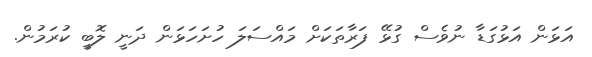
އަޅަން އަޅުގަޑާ ނުވެސް ގުޅޭ ފަރާތަކަށް މައްސަލަ ހުށަހަޅަން ދަނީ ލޮބީ ކުރަމުން.